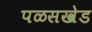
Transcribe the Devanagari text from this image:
पळसखेड